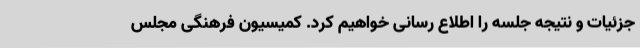
جزئیات و نتیجه جلسه را اطلاع رسانی خواهیم کرد. کمیسیون فرهنگی مجلس